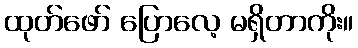
ထုတ်ဖော် ပြောလေ့ မရှိတာကိုး။